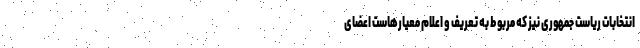
انتخابات ریاست جمهوری نیز که مربوط به تعریف و اعلام معیارهاست اعضای